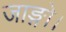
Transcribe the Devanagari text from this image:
जाङ्गो।